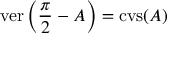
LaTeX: \operatorname { v e r } \left( { \frac { \pi } { 2 } } - A \right) = \operatorname { c v s } ( A )